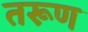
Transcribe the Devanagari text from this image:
तरूण